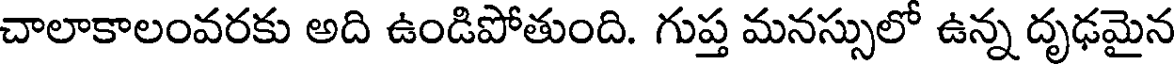
చాలాకాలంవరకు అది ఉండిపోతుంది. గుప్త మనస్సులో ఉన్న దృఢమైన